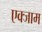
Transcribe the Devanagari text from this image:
एक्जाम